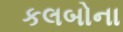
કલબોના